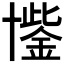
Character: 𮰐